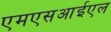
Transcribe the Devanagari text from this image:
एमएसआईएल